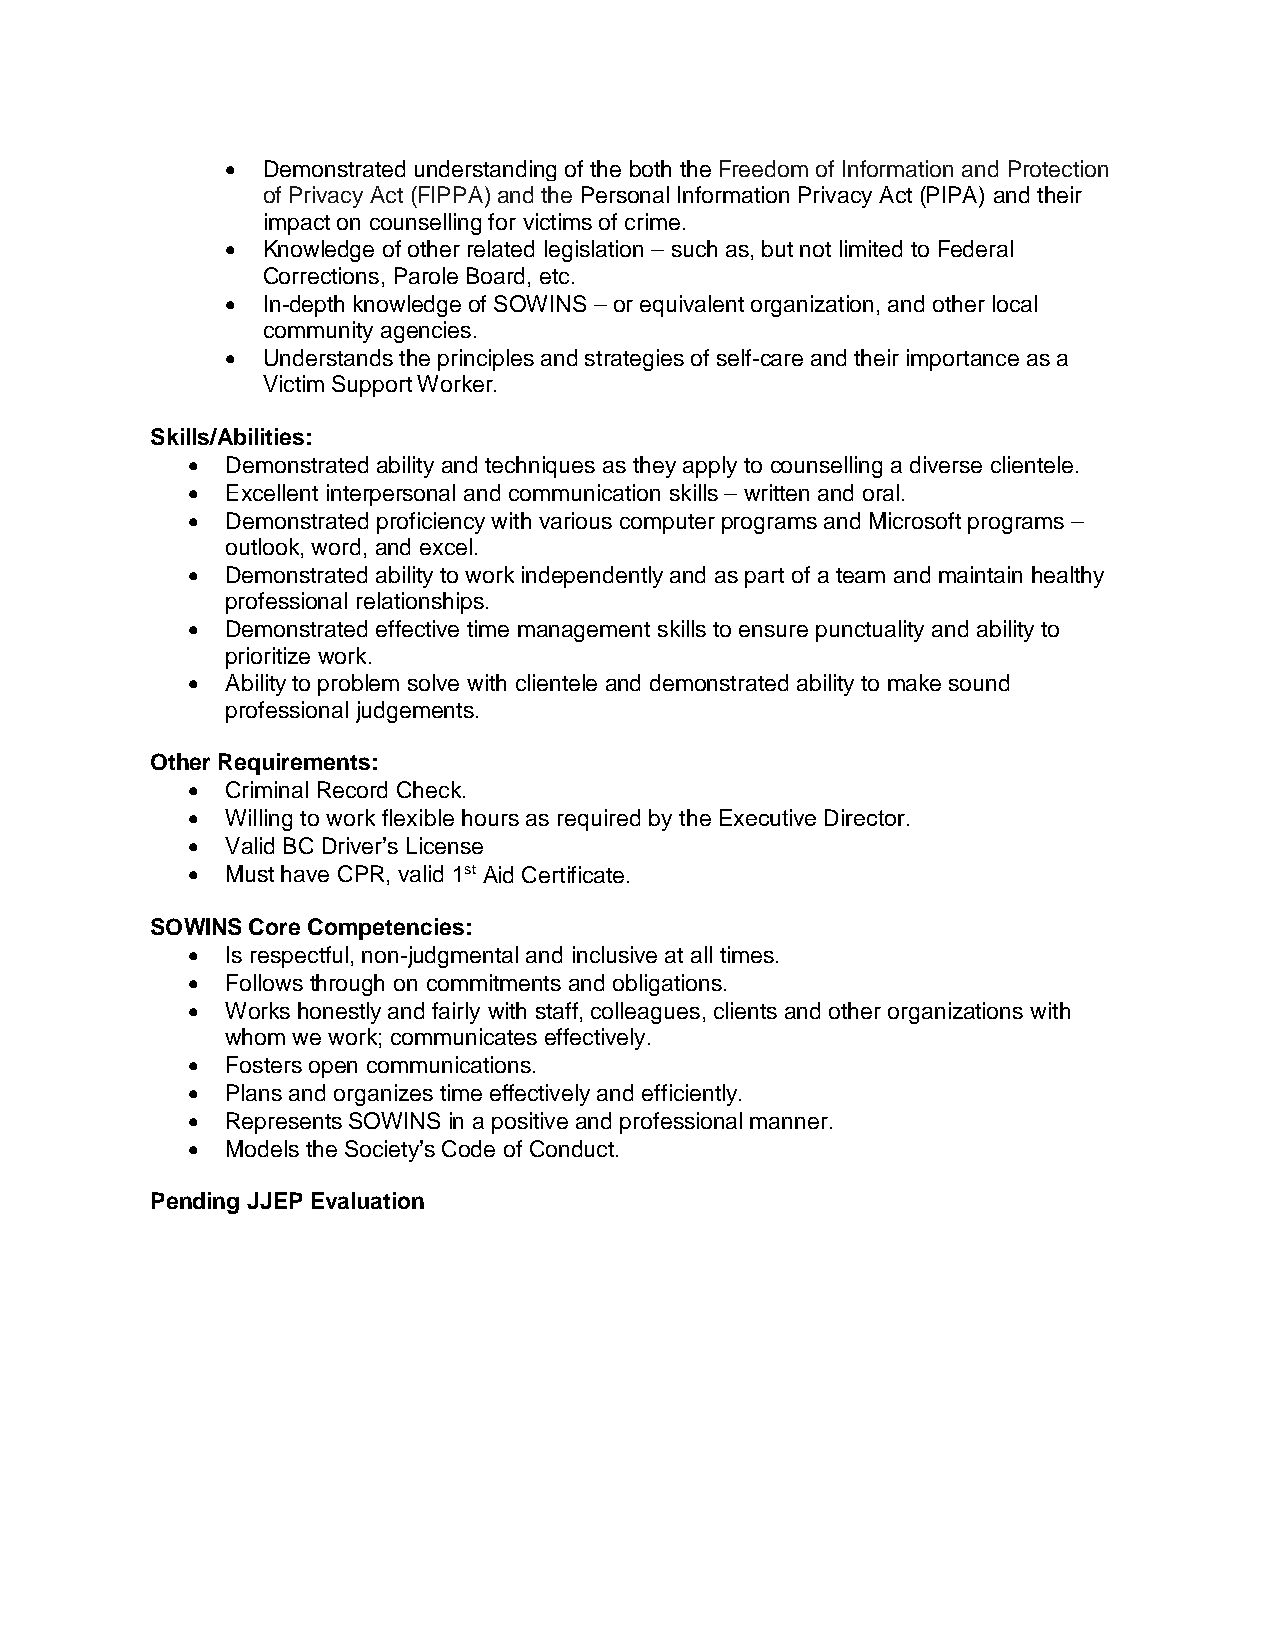
• Demonstrated understanding of the both the Freedom of Information and Protection
 of Privacy Act (FIPPA) and the Personal Information Privacy Act (PIPA) and their
 impact on counselling for victims of crime.
 • Knowledge of other related legislation – such as, but not limited to Federal
 Corrections, Parole Board, etc.
 • In-depth knowledge of SOWINS – or equivalent organization, and other local
 community agencies.
 • Understands the principles and strategies of self-care and their importance as a
 Victim Support Worker.
 Skills/Abilities:
 •  Demonstrated ability and techniques as they apply to counselling a diverse clientele.
 •  Excellent interpersonal and communication skills – written and oral.
 •  Demonstrated proficiency with various computer programs and Microsoft programs –
 outlook, word, and excel.
 •  Demonstrated ability to work independently and as part of a team and maintain healthy
 professional relationships.
 •  Demonstrated effective time management skills to ensure punctuality and ability to
 prioritize work.
 •  Ability to problem solve with clientele and demonstrated ability to make sound
 professional judgements.
 Other Requirements:
 •  Criminal Record Check.
 •  Willing to work flexible hours as required by the Executive Director.
 •  Valid BC Driver’s License
 •  Must have CPR, valid 1st Aid Certificate.
 SOWINS Core Competencies:
 •  Is respectful, non-judgmental and inclusive at all times.
 •  Follows through on commitments and obligations.
 •  Works honestly and fairly with staff, colleagues, clients and other organizations with
 whom we work; communicates effectively.
 •  Fosters open communications.
 •  Plans and organizes time effectively and efficiently.
 •  Represents SOWINS in a positive and professional manner.
 •  Models the Society’s Code of Conduct.
 Pending JJEP Evaluation